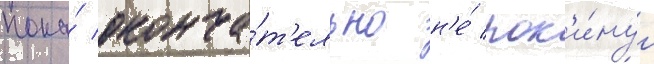
пока́ оконча́т'ельно н'е́ пок'и́нул